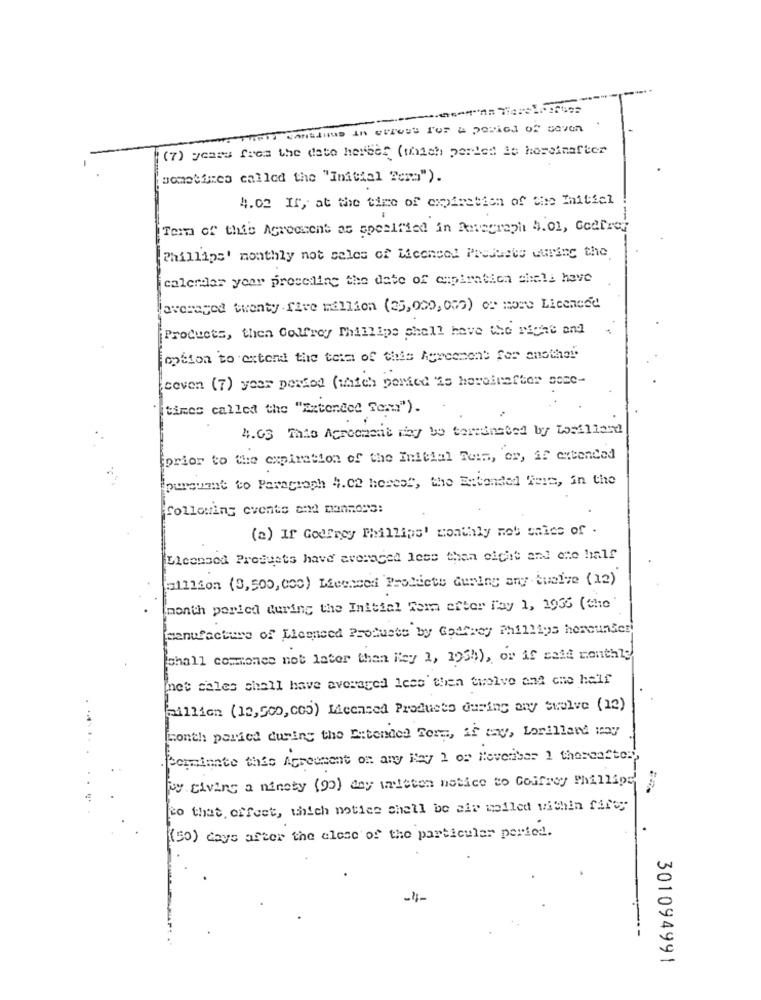
Fil canidius in errest for a period of seven
(7) years frem the dato herber (which perlet io hereinafter
(sometimes called the "Initial Term").
4.02 If, at the time of expiretien of the Initial
Term of this Agreement as specified in Revegraph 4.01, Cedfre;
Phillips' monthly not sales of Licensed Products during the
[calendar year procedine the date of expiration chela have
averaged twenty five mallion (25,020, 055) or more Licenced
Products, then Calfrey Phillips shall have the riche and
option to extend the term of this Agreement for another.
ceven (7) year period (which ponted 'is heroinefter seme-
tines called the "Extended To :: ").
4.63 This Acroomenit may be terminated by Tostiland
prior to the expiration of the Initial Tuim, or, if extended
pursuant to Paragraph 4.02 hores", the Bebanded fris, in the
following events and mannens:
(a) If GodFrey Phillips' monthly mot onics of .
Licensed Products have' averaged less than eight and one half
Fillion (3,500, 000) Licensed Products during any Queive (12)
month ported during the Initial Tem efter fay 1, 1936 (the
manufacture of Legneed Products by Gparvey Phillips herounter
chall commence not later than Hey 1, 1950), or if said monthly
net sales shall have averaged less then twelve and one half
million (12,500, 000) Licensed Products during any Svolve (12)
month parted during the Extended For, if any, Lorillard way
Dormiente this Agreement on any Hey 1 or Hevesiber I thereafter,
vy Giving a ninety (90) dny mitten notice to Godfrey Phillips
co that, crfeet, which notice chall be ait melled within fifty
(50) days after the close of the particular period.
--
301094991